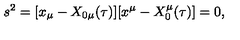
s ^ { 2 } = [ x _ { \mu } - X _ { 0 \mu } ( \tau ) ] [ x ^ { \mu } - X _ { 0 } ^ { \mu } ( \tau ) ] = 0 ,